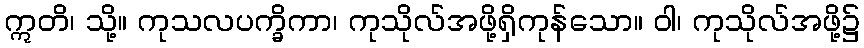
ဣတိ၊ သို့။ ကုသလပက္ခိကာ၊ ကုသိုလ်အဖို့ရှိကုန်သော။ ဝါ၊ ကုသိုလ်အဖို့၌